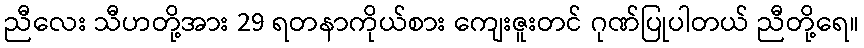
ညီလေး သီဟတို့အား 29 ရတနာကိုယ်စား ကျေးဇူးတင် ဂုဏ်ပြုပါတယ် ညီတို့ရေ။